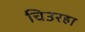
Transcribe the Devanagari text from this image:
चिउरहा